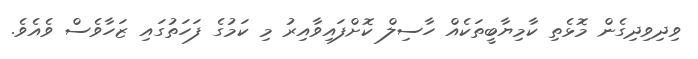
ވިދިވިދިގެން މޮޅެތި ކާމިޔާބީތަކެއް ހާސިލް ކޮށްފައިވާއިރު މި ކަމުގެ ފަހަތުގައި ޒަހާވެސް ވެއެވެ.